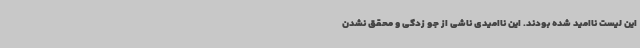
این لیست ناامید شده بودند. این ناامیدی ناشی از جو زدگی و محقق نشدن